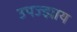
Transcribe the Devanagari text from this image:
उपज्झाय